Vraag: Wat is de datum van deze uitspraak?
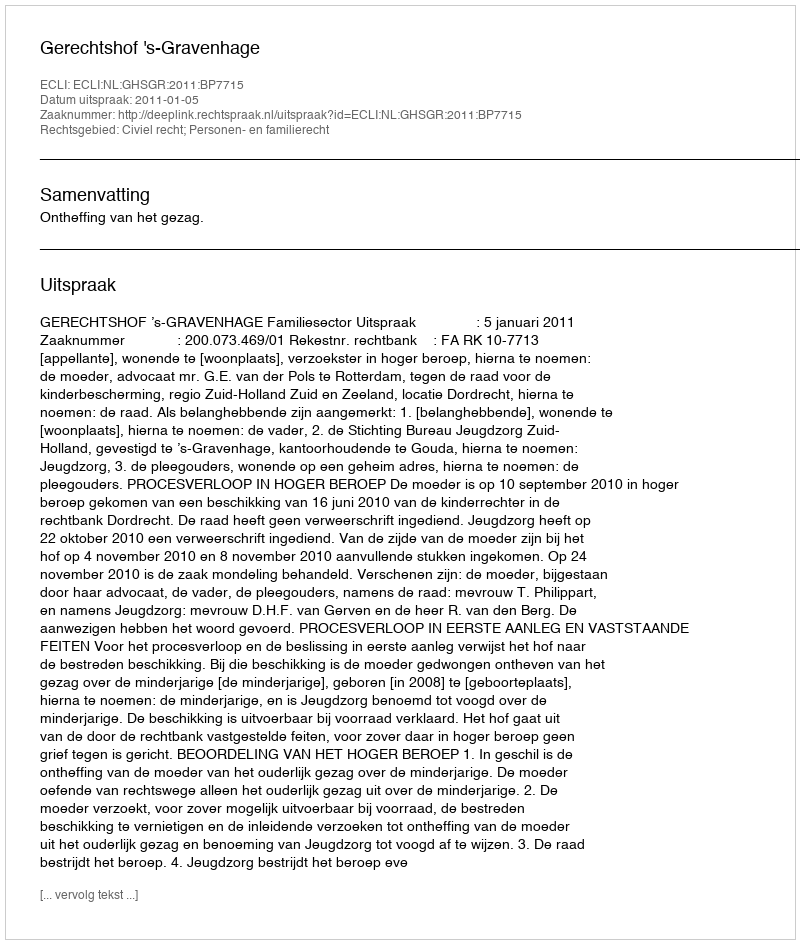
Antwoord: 2011-01-05